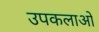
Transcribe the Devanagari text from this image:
उपकलाओं